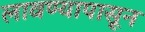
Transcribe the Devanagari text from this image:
लावण्यापासून